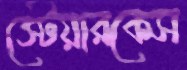
স্টেয়ারকেস